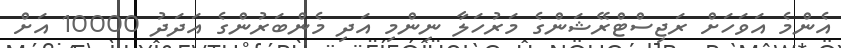
އެންމެ އަވަހަށް ރަޖިސްޓްރޭޝަންގެ މަރުހަލާ ނިންމި އަދި މެންބަރުންގެ އަދަދު 10000 އަށް